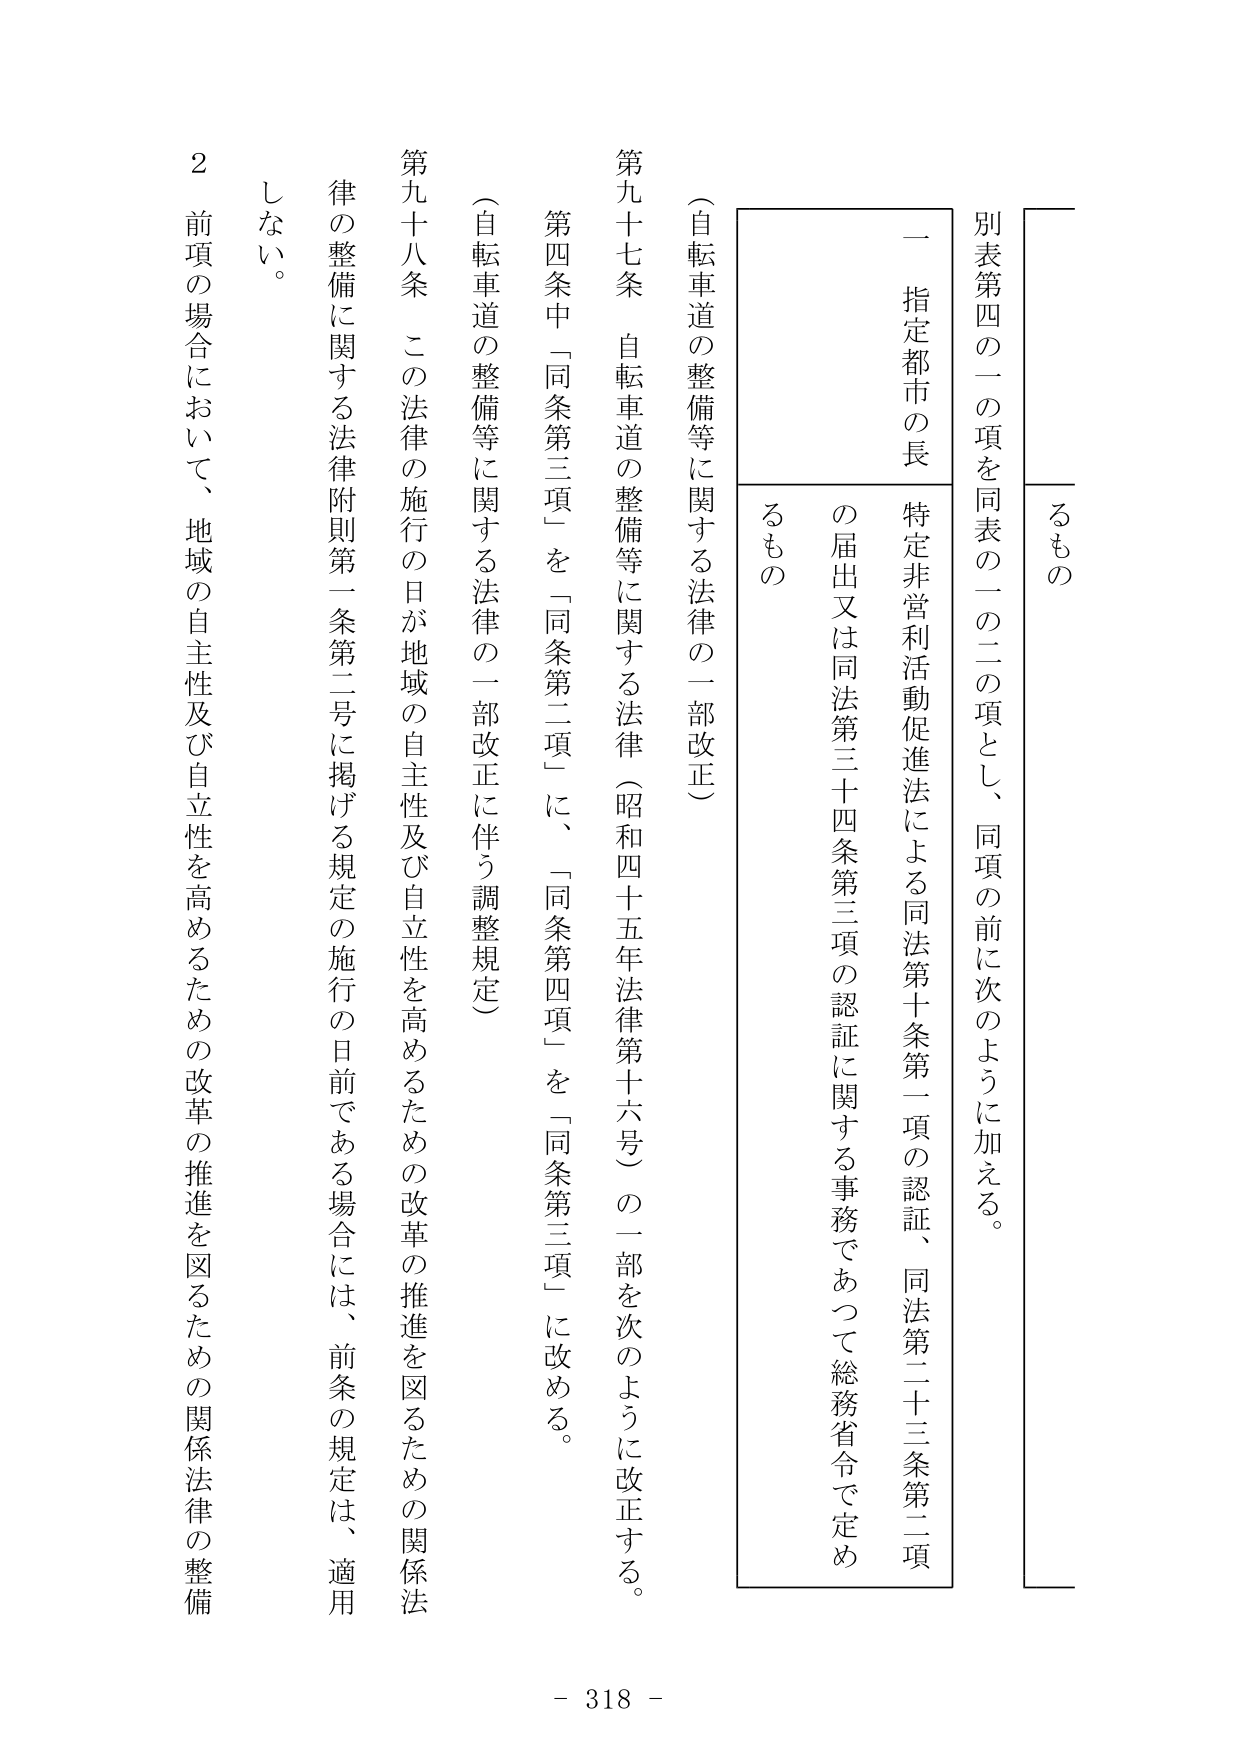
別表第四の一の項を同表の一二の項とし、同項の前に次のように加える。

一　指定都市の長　特定非営利活動促進法による同法第十条第一項の認証、同法第二十三条第二項の届出又は同法第三十四条第三項の認証に関する事務であつて総務省令で定めるもの

（自転車道の整備等に関する法律の一部改正）

第九十七条　自転車道の整備等に関する法律（昭和四十五年法律第十六号）の一部を次のように改正する。

第四条中「同条第三項」を「同条第二項」に、「同条第四項」を「同条第三項」に改める。

（自転車道の整備等に関する法律の一部改正に伴う調整規定）

第九十八条　この法律の施行の日が地域の自主性及び自立性を高めるための改革の推進を図るための関係法律の整備に関する法律附則第一条第二号に掲げる規定の施行の日前である場合には、前条の規定は、適用しない。

２　前項の場合において、地域の自主性及び自立性を高めるための改革の推進を図るための関係法律の整備

- 318 -